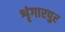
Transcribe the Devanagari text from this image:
शृंगारपुर